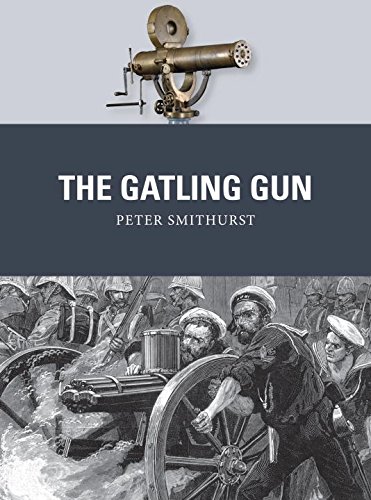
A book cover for The Gatling Gun (Weapon); Peter Smithurst; Crafts, Hobbies & Home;